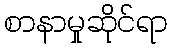
စာနာမှုဆိုင်ရာ